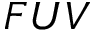
F U V